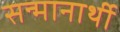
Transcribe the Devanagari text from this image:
सन्मानार्थी